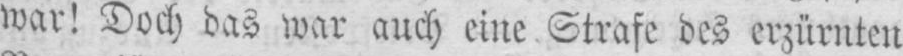
war! Doch das war auch eine Strafe des erzürnten